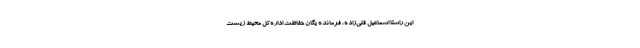
این راستا اسماعیل قلی‌زاده، فرمانده یگان حفاظت اداره‌کل محیط زیست